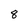
Character: 8